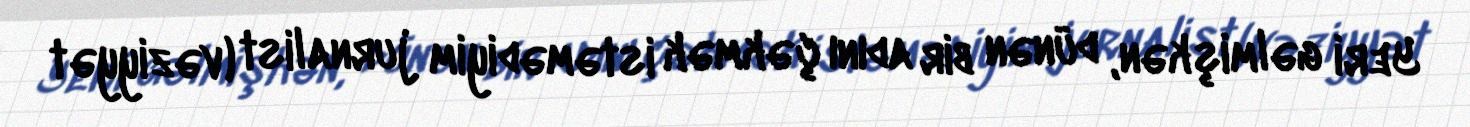
Yeri gəlmişkən, dünən bir adını çəkmək istəmədiyim jurnalist (vəziyyət